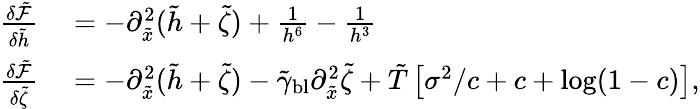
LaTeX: \begin{array}{rl}{\frac{\delta\tilde{\mathcal{F}}}{\delta\tilde{h}}}&{{}=-\partial_{\tilde{x}}^{2}(\tilde{h}+\tilde{\zeta})+\frac{1}{h^{6}}-\frac{1}{h^{3}}}\\ {\frac{\delta\tilde{\mathcal{F}}}{\delta\tilde{\zeta}}}&{{}=-\partial_{\tilde{x}}^{2}(\tilde{h}+\tilde{\zeta})-\tilde{\gamma}_{\mathrm{bl}}\partial_{\tilde{x}}^{2}\tilde{\zeta}+\tilde{T}\left[\sigma^{2}/c+c+\log(1-c)\right],}\end{array}